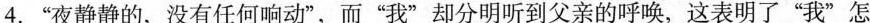
4.“夜静静的,没有任何响动”,而“我”却分明听到父亲的呼唤,这表明了“我”怎